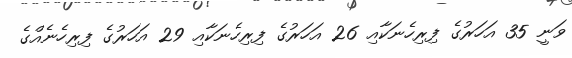
ވަނީ 35 އަހަރުގެ ފިރިހެނަކާއި 26 އަހަރުގެ ފިރިހެނަކާއި 29 އަހަރުގެ ފިރިހެނެއްގެ